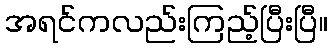
အရင်ကလည်းကြည့်ပြီးပြီ။